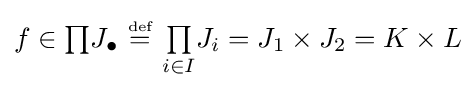
f\in {\textstyle \prod }J_{\bullet }~{\stackrel {\scriptscriptstyle {\text{def}}}{=}}~{\textstyle \prod \limits _{i\in I}}J_{i}=J_{1}\times J_{2}=K\times L